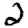
Digit: 2